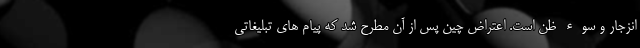
انزجار و سوء ظن است. اعتراض چین پس از آن مطرح شد که پیام های تبلیغاتی